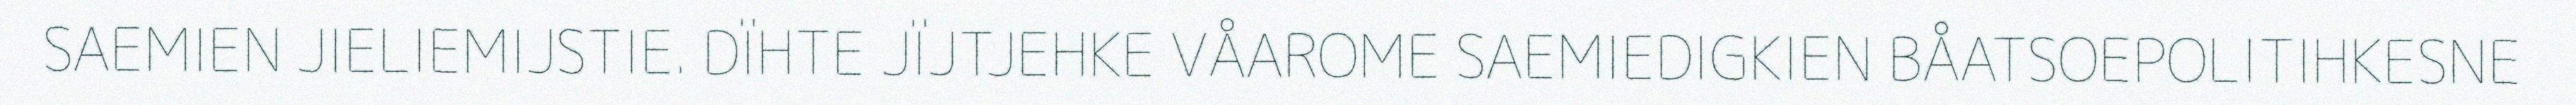
SAEMIEN JIELIEMIJSTIE. DÏHTE JÏJTJEHKE VÅAROME SAEMIEDIGKIEN BÅATSOEPOLITIHKESNE